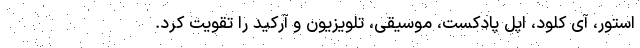
استور، آی کلود، اپل پادکست، موسیقی، تلویزیون و آرکید را تقویت کرد.